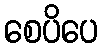
စေပိပေ